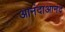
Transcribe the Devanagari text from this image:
आनंदाआनंद